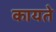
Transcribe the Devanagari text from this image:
कायते